Madras plague regulations and rules - Volume 1
Disease focus: Plague
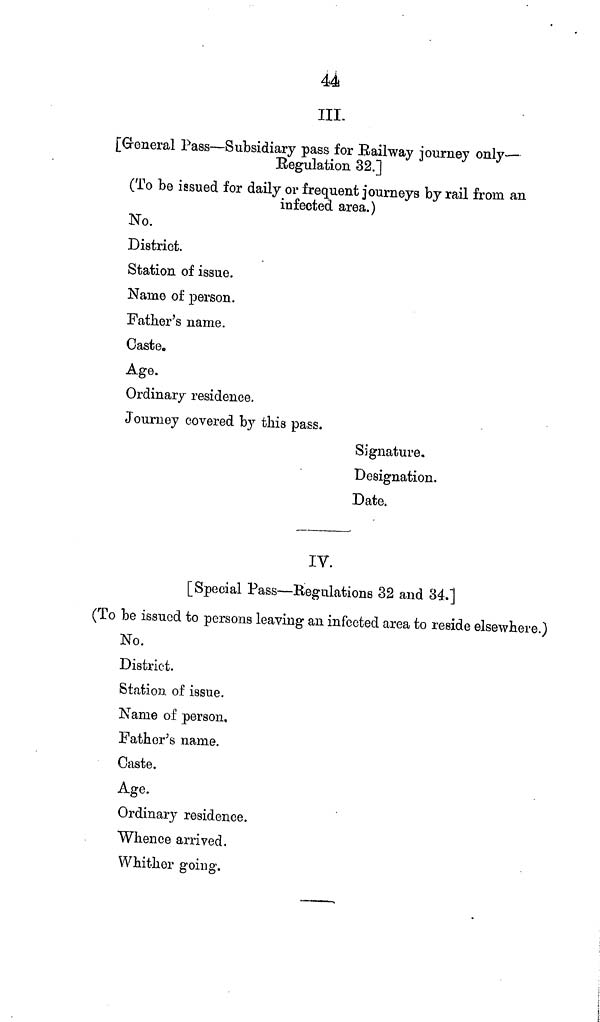
44
III.
[Greneral Pass—Subsidiary pass for Railway journey only—
Regulation 32.]
(To be issued for daily or frequent journeys by rail from an
infected area.)
No.
District.
Station of issue.
Name of person.
Father's name.
Caste.
Age.
Ordinary residence.
Journey covered by this pass.
Signature.
Designation.
Date.
IV.
[Special Pass—Regulations 32 and 34.]
(To be issued to persons leaving an infected area to reside elsewhere.)
No.
District.
Station, of issue.
Name of person,
Father's name.
Caste.
Age.
Ordinary residence.
Whence arrived.
Whither going.